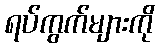
ရပ်ကွက်များကို